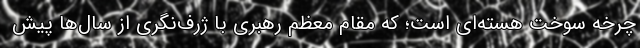
چرخه سوخت هسته‌ای است؛ که مقام معظم رهبری با ژرف‌نگری از سال‌ها پیش